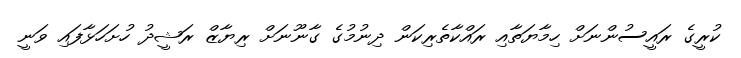
ކުރީގެ ރައީސުންނަށް ހިމާޔަތާއި ރައްކާތެރިކަން ދިނުމުގެ ގާނޫނަށް ރިޔާޒް ރަޝީދު ހުށަހަޅާފައި ވަނީ